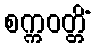
စက္ကဝတ္တိံ